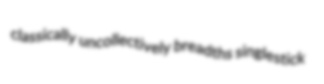
classically uncollectively breadths singlestick